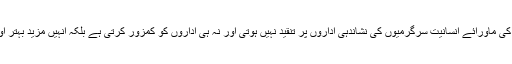
ان افراد پر تنقید یا ان کی ماورائے انسانیت سرگرمیوں کی نشاندہی اداروں پر تنقید نہیں ہوتی اور نہ ہی اداروں کو کمزور کرتی ہے بلکہ انہیں مزید بہتر اور مضبوط بناتی ہے۔